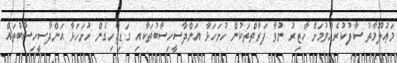
މަޢުލޫމާތު ސާފުކުރެއްވުމަށް ހާޒިރު ނުވާ ފަރާތްތަކުން ހުށަހަޅާ އަންދާސީހިސާބުތަކާއި ގަޑިޖެހިގެން ހުށަހަޅާ އަންދާސީހިސާބުތައް